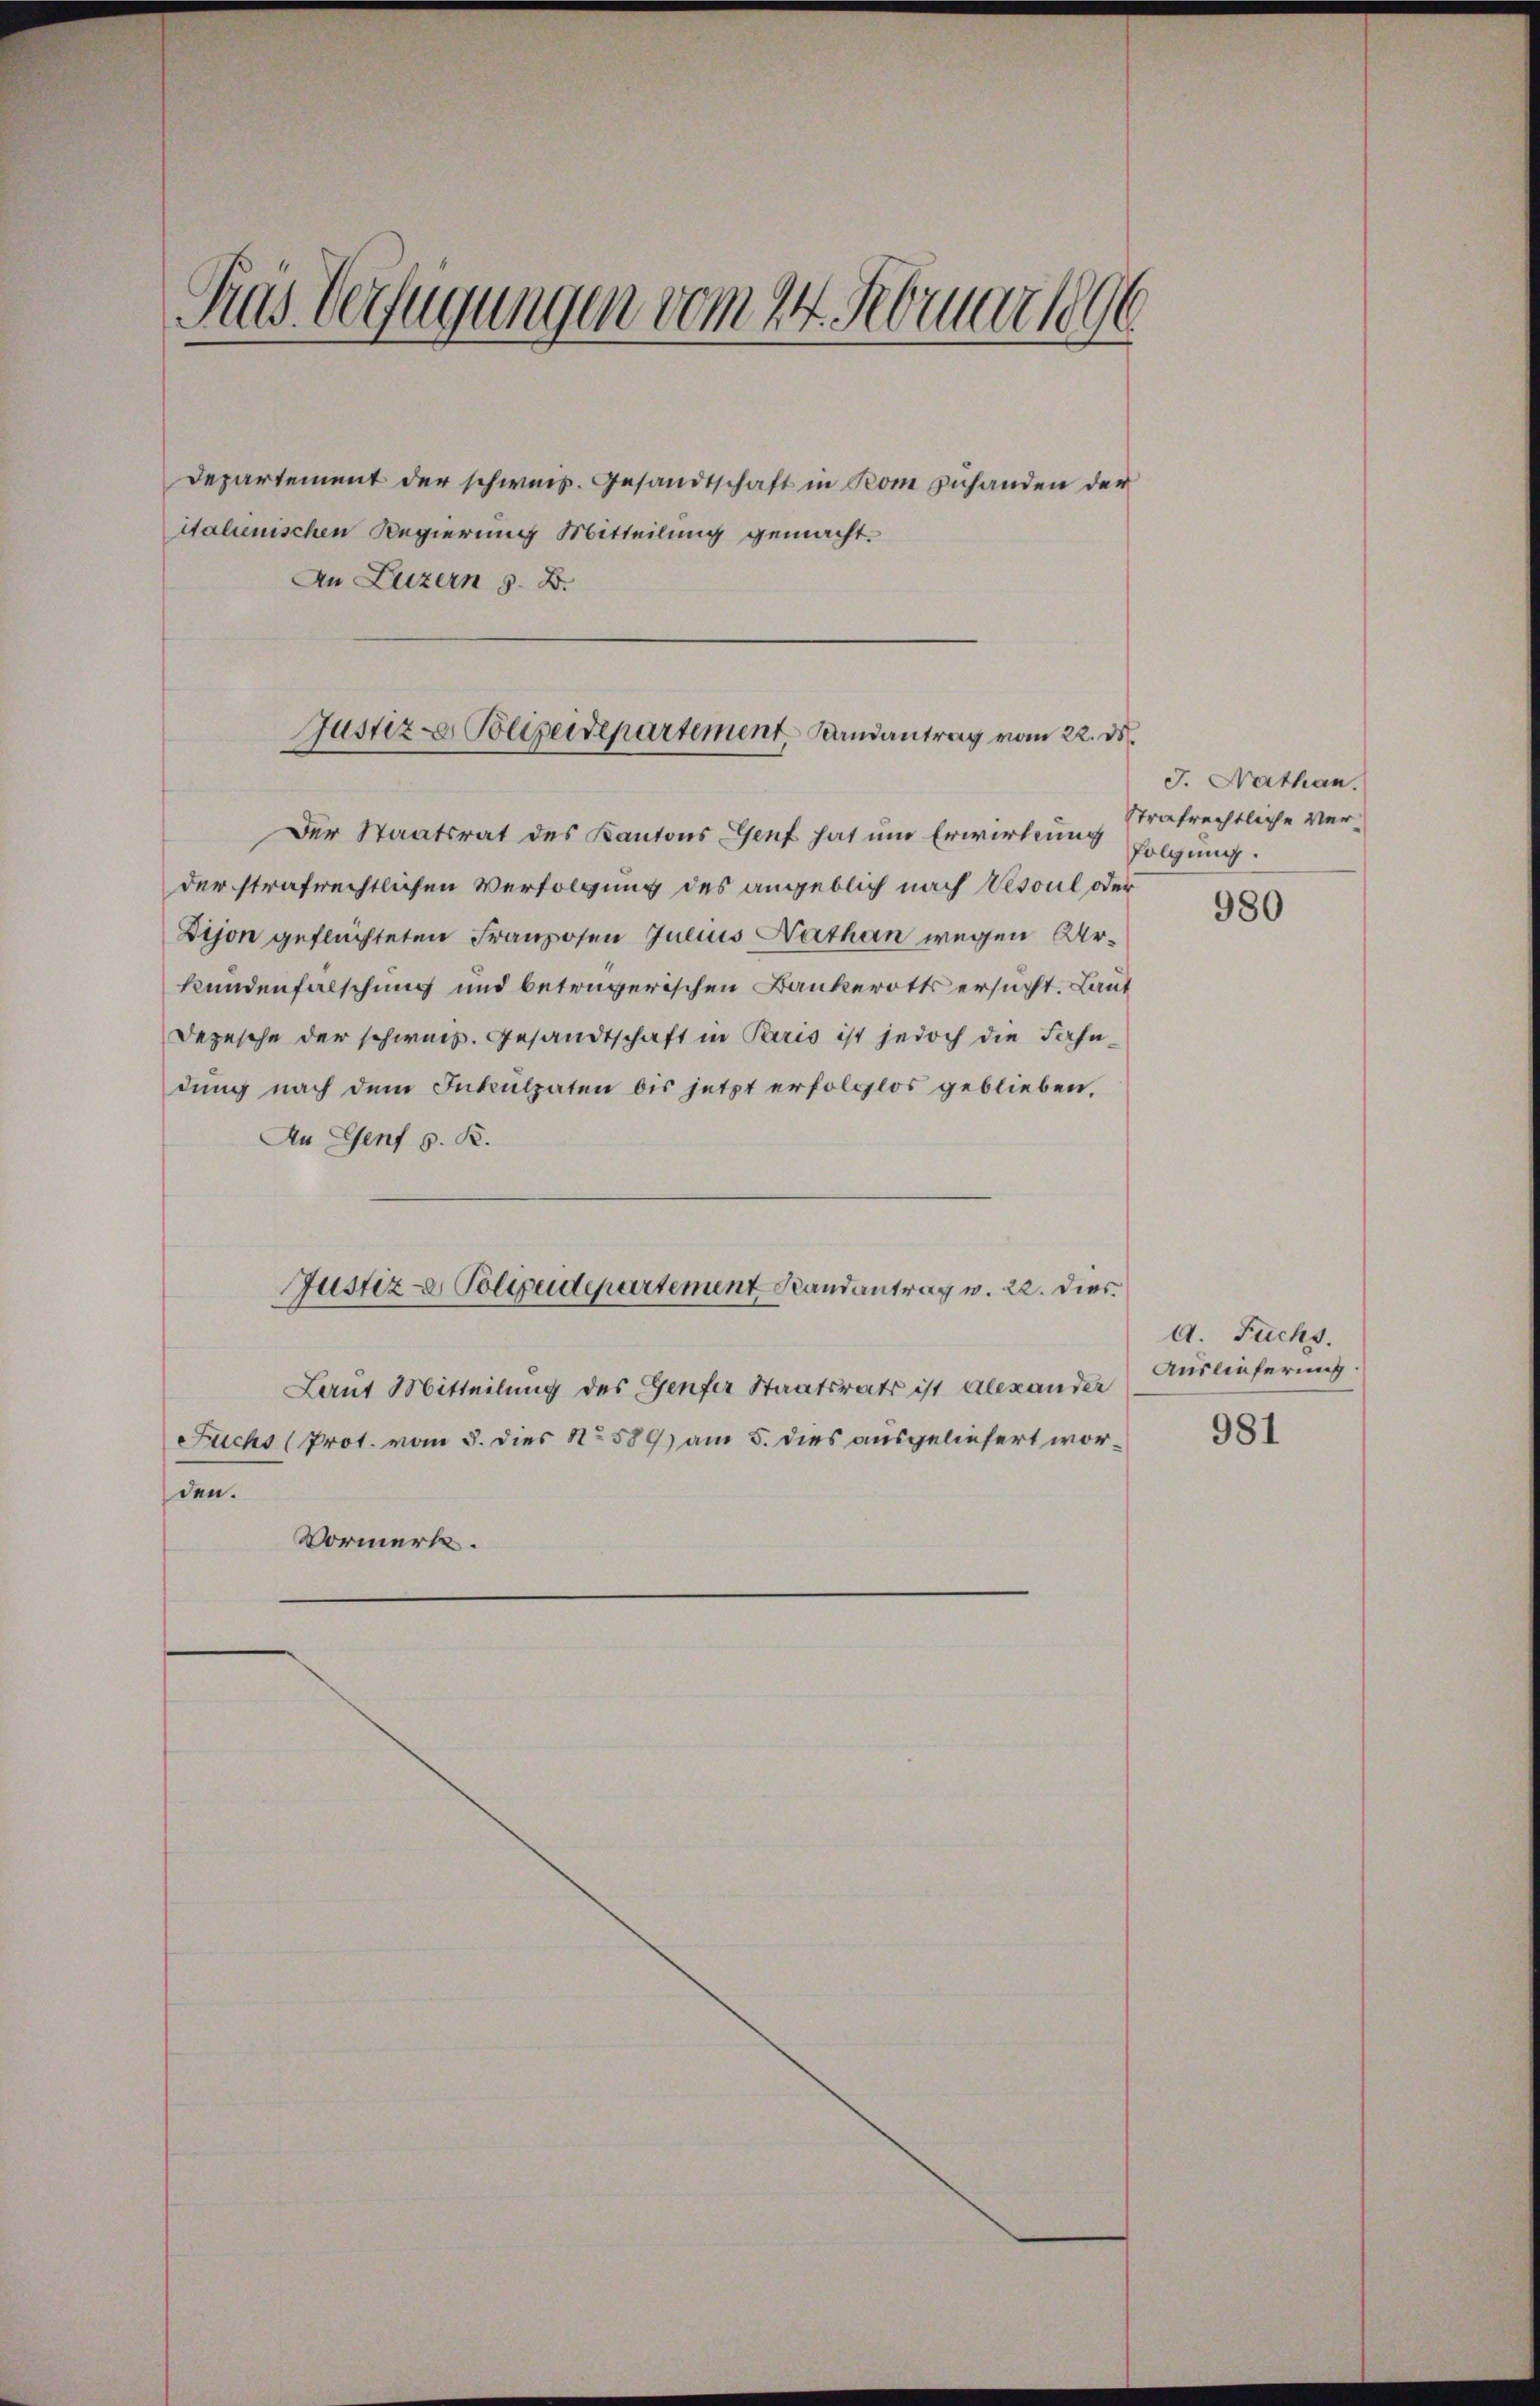
Tras Verfügungen vom 24. Februar 1896

Departement der schweiz. Gesandtschaft in Rom zuhanden der
italienischen Regierung Mitteilung gemacht.
An Luzern s. B.

Justiz- Polizeidepartement Landantrag vom 22. ds.

Der Staatsrat des Kantons Genf hat um Erwirkung strafrechtliche Ver-
der strafrechtlichen Verfolgung des angeblich nach esoul oder
Dijon geflüchteten Franzosen Julius Nathan wegen Arkundenfälschung und betrügerischen Bankerotts ersucht. Laut
Depesche der schweiz. Gesandtschaft in Paris ist jedoch die Fahndŭng nach dem Inkulpaten bis jetzt erfolglos geblieben,
An Genf s. R.
Justiz- & Polizeidepartement Randantrag v. 22. Dies
Laut Mitteilung des Genfer Staatsrats ist Alexander
Fuchs (Prot. vom 3. dies No 589) am 5. dies ausgeliefert worden.
Vormerk.

J. Nathan.
folgung.

980

A. Fuchs.
Auslieferung

981